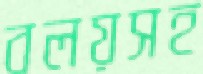
বলয়সহ